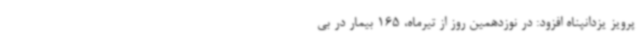
پرویز یزدانپناه افزود: در نوزدهمین روز از تیرماه، 165 بیمار در بی